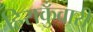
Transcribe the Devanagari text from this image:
हिराकुँवारी